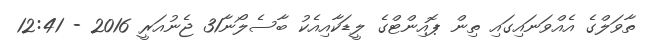
ތާވަލްގެ އެއްވަނައިގައި ތިން ޕޮއިންޓްގެ ލީޑަކާއިއެކު ބާސެލޯނާ31 ޖެނުއަރީ 2016 - 12:41